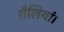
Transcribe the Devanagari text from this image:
शैलियां।